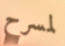
لمسرح